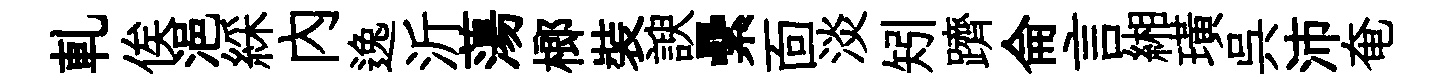
軋俟浥綵內逸沂蕩榔裝諛纍靣淡矧躋侖言緗璜呉沛奄